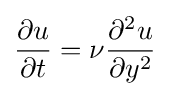
{\frac {\partial u}{\partial t}}=\nu {\frac {\partial ^{2}u}{\partial y^{2}}}